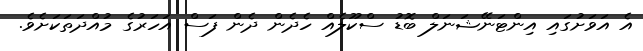
އެ އަވަށުގައި އިންޓަނޭޝަނަލް ބޮޑު ސްކޫލެއް ހެދެން ދެން ފަސް އަހަރުގެ މުއްދަތަކަށެވެ.